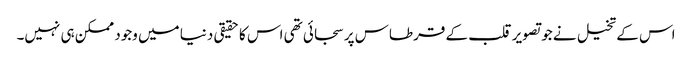
اس کے تخیل نے جو تصویر قلب کے قرطاس پر سجائی تھی اس کا حقیقی دنیا میں وجود ممکن ہی نہیں۔